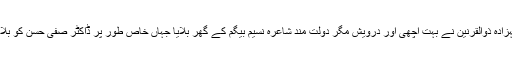
برادرم شہزادہ ذوالقرنین نے بہت اچھی اور درویش مگر دولت مند شاعرہ نسیم بیگم کے گھر بلایا جہاں خاص طور پر ڈاکٹر صفی حسن کو بلایا گیا تھا۔